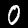
Label: 0